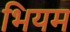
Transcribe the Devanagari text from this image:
भियम